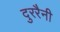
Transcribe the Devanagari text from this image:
दुररैनी